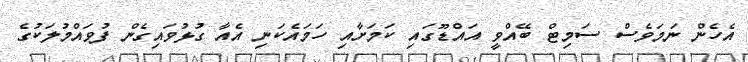
އެހެން ނަމަވެސް ސަމިޓް ބޭއްވީ އައްޑޫގައި ކަމަށާއި ހަމައެކަނި އެއާ ގުޅުވައިގެން ފުވައްމުލަކުގެ